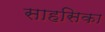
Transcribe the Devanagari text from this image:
साहसिका